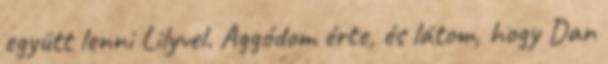
együtt lenni Lilyvel. Aggódom érte, és látom, hogy Dan